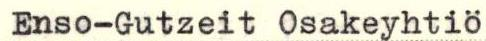
Enso-Gutzeit Osakeyhtiö